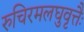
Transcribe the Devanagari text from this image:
रुचिरमलघुवृत्तैः